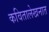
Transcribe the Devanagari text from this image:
कवितालेखनात